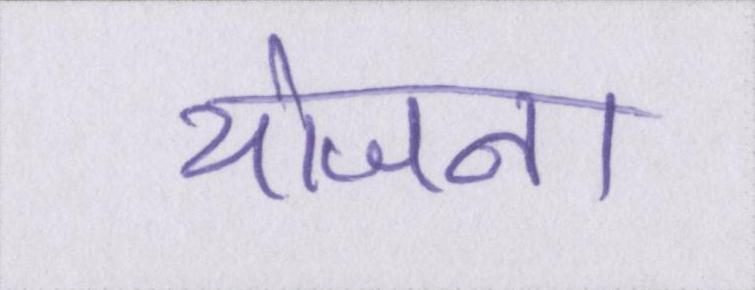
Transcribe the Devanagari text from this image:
योजना